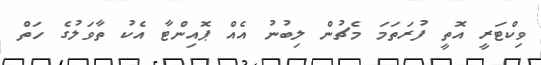
ވިކްޓަރީ އޮތީ ފުރަތަމަ މެޗުން ލިބުނު އެއް ޕޮއިންޓާ އެކު ތާވަލުގެ ހަތް